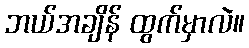
ဘယ်အချိန် ထွက်မှာလဲ။